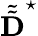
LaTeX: \tilde{\tilde{\textbf{D}}}^{\star}